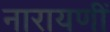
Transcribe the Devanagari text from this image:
नारायणीं